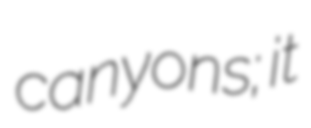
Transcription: canyons; it